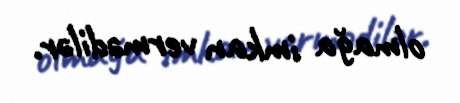
olmağa imkan vermədilər.